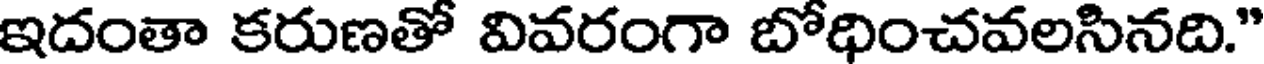
ఇదంతా కరుణతో వివరంగా బోధించవలసినది."